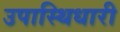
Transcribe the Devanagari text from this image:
उपास्थिधारी